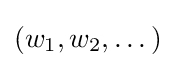
(w_{1},w_{2},\dots )